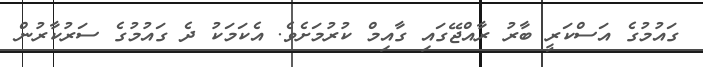
ގައުމުގެ އަސްކަރީ ބާރު ރާއްޖޭގައި ގާއިމް ކުރުމަށެވެ. އެކަމަކު ދެ ގައުމުގެ ސަރުކާރުން